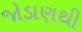
જોડાણથી